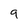
Character: 9